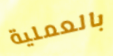
بالعملية